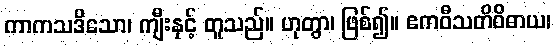
ကာကသဒိသော၊ ကျီးနှင့် တူသည်။ ဟုတွာ၊ ဖြစ်၍။ ဧကဝီသတိဝိဓာယ၊